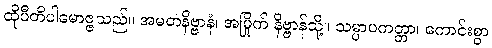
ထိုပီတိပါမောဇ္ဇသည်။ အမတနိဗ္ဗာနံ၊ အမြိုက် နိဗ္ဗာန်သို့။ သမ္ပာပကတ္တာ၊ ကောင်းစွာ